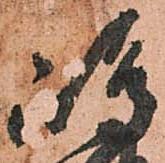
嶋